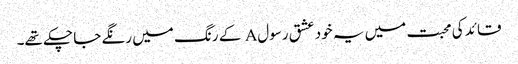
قائد کی محبت میں یہ خود عشق رسولA کے رنگ میں رنگے جا چکے تھے۔